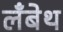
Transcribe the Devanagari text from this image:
लँबेथ